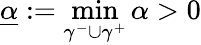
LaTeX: \underline{{\alpha}}:=\operatorname*{min}_{\gamma^{-}\cup\gamma^{+}}\alpha>0